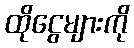
ထိုငွေများကို